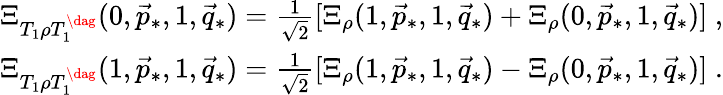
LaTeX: \begin{array}{r}{\Xi_{T_{1}\rho T_{1}^{\dag}}(0,\vec{p}_{*},1,\vec{q}_{*})=\frac{1}{\sqrt{2}}[\Xi_{\rho}(1,\vec{p}_{*},1,\vec{q}_{*})+\Xi_{\rho}(0,\vec{p}_{*},1,\vec{q}_{*})]\; ,}\\ {\Xi_{T_{1}\rho T_{1}^{\dag}}(1,\vec{p}_{*},1,\vec{q}_{*})=\frac{1}{\sqrt{2}}[\Xi_{\rho}(1,\vec{p}_{*},1,\vec{q}_{*})-\Xi_{\rho}(0,\vec{p}_{*},1,\vec{q}_{*})]\; .}\end{array}